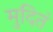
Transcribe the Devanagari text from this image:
मुदितं